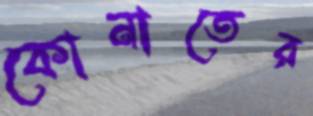
কোনাতের